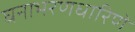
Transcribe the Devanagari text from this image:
घनाभरणधारिणे